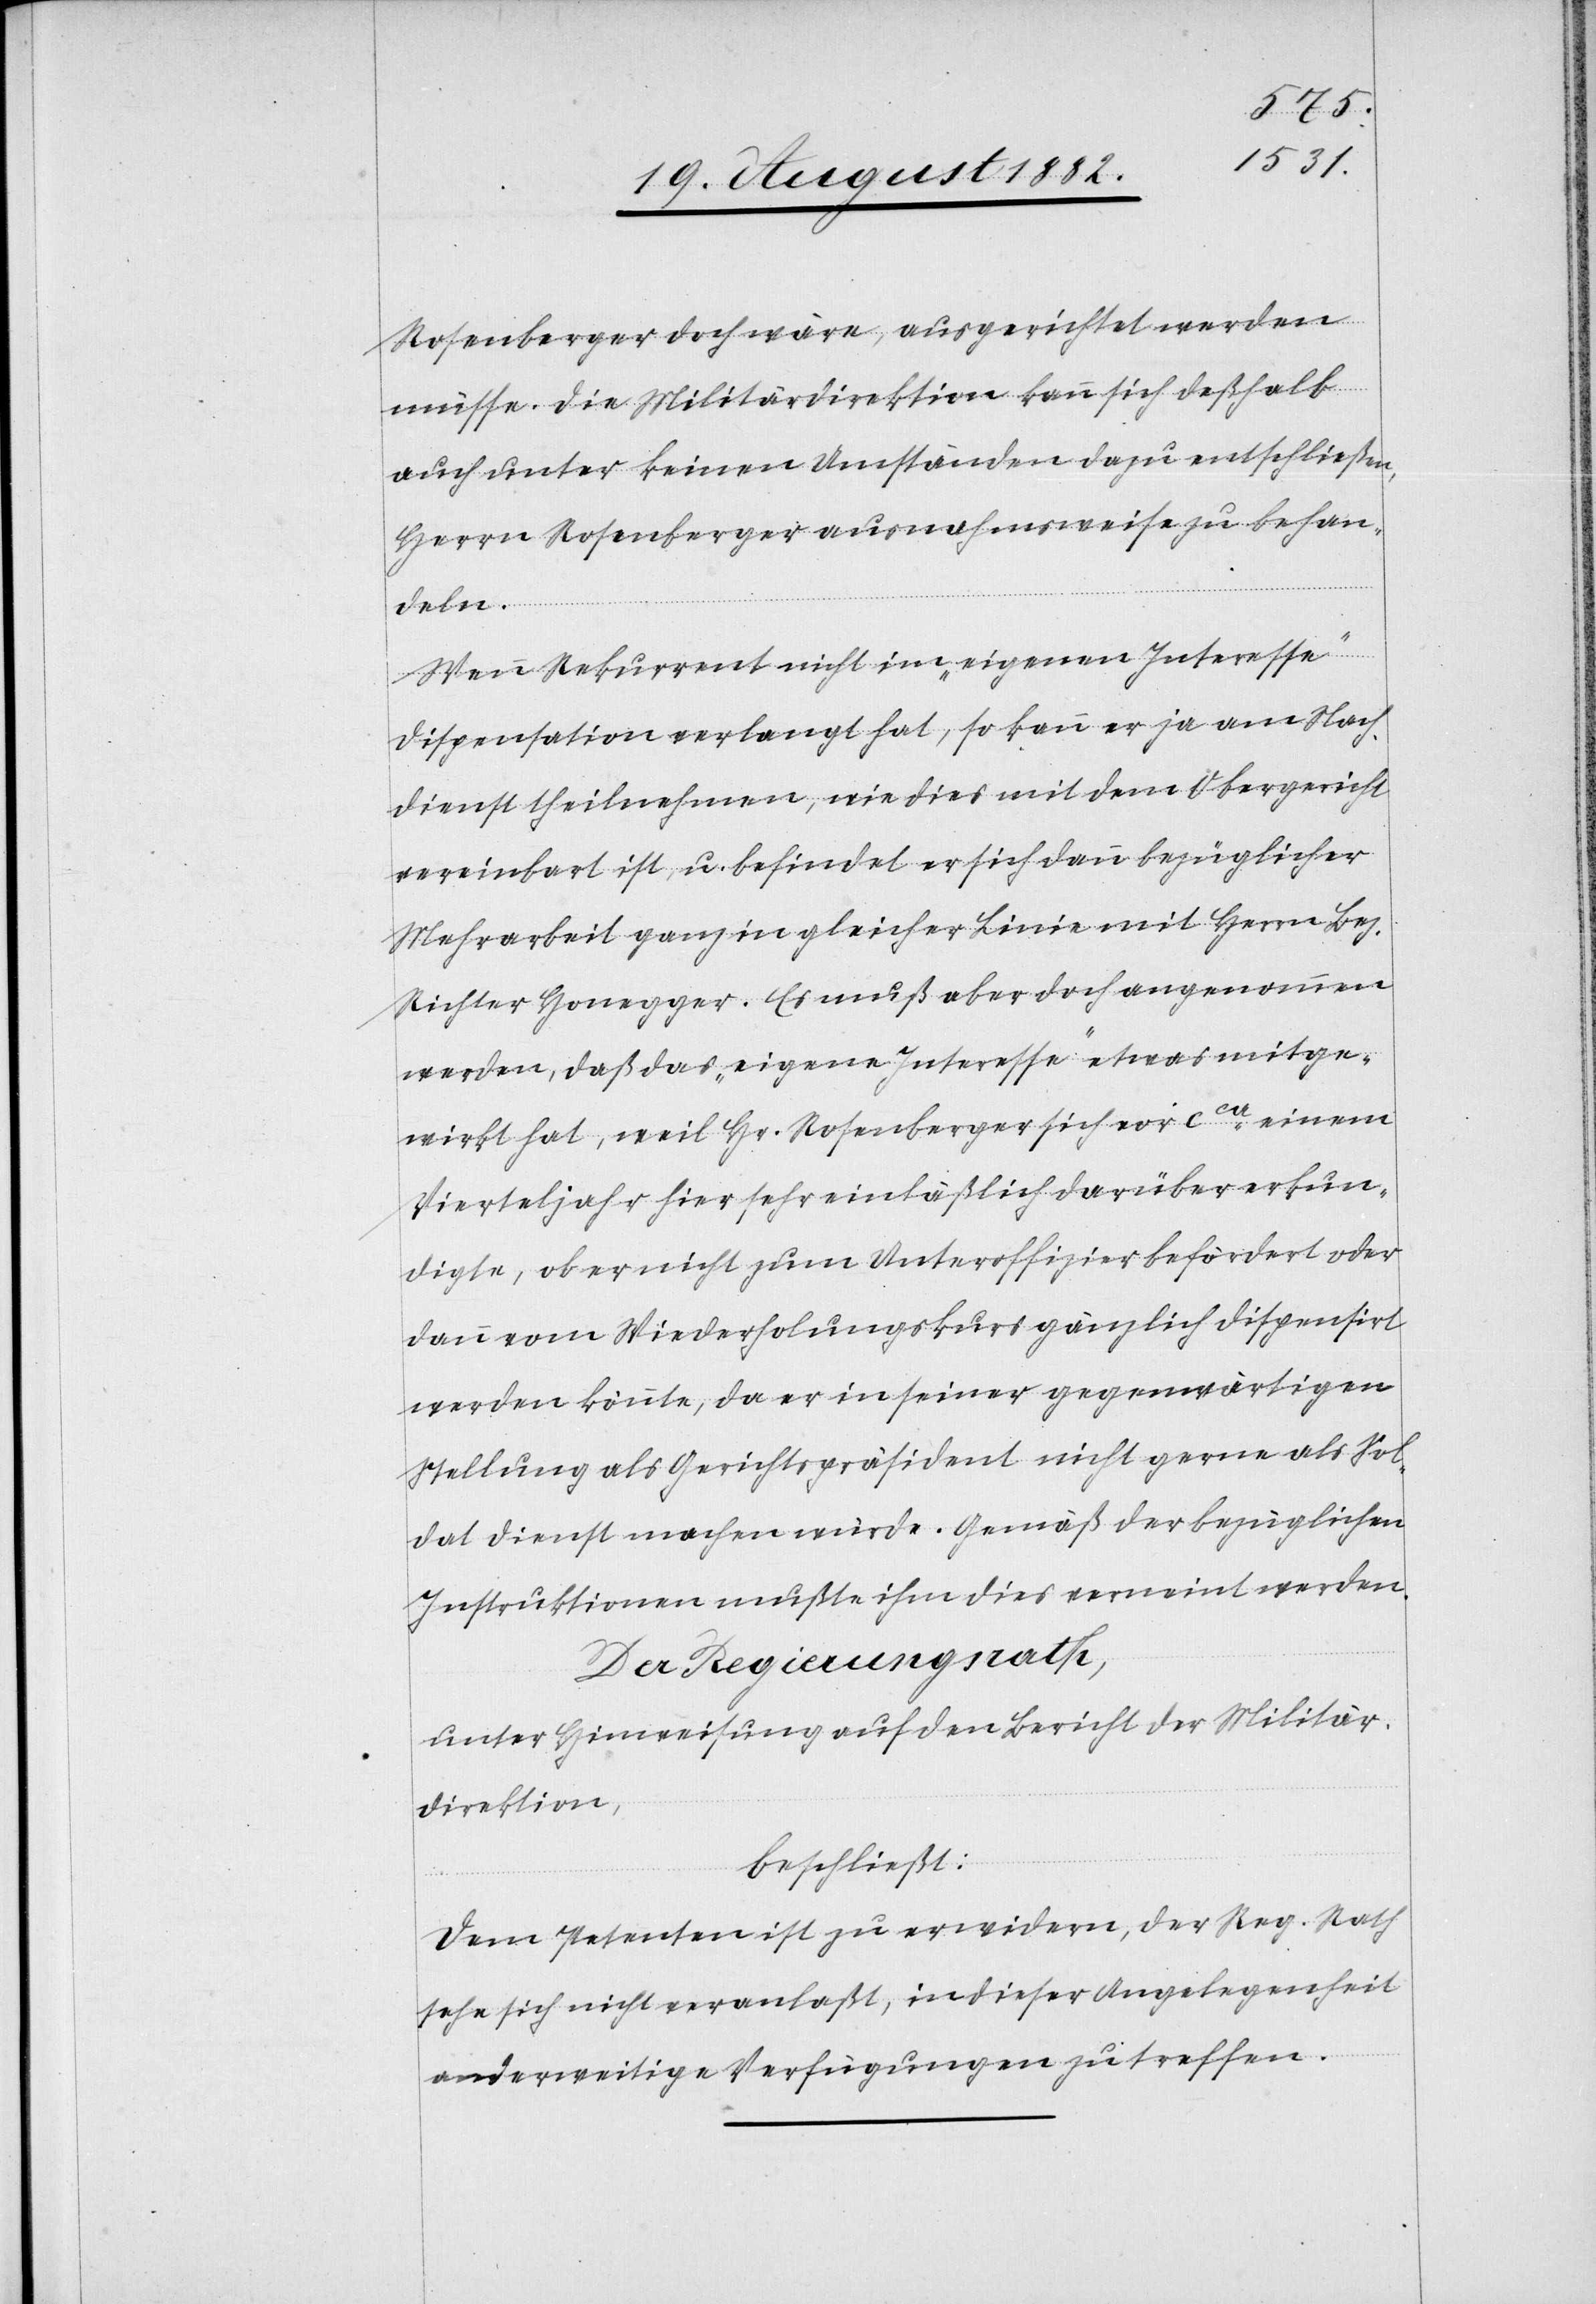
Rosenberger doch wäre, ausgerichtet werden
müsse. Die Militärdirektion kann sich deßhalb
auch unter keinen Umständen dazu entschließen,
Herrn Rosenberger ausnahmsweise zu behan¬
deln.
Wenn Rekurrent nicht im „eigenen Interesse“
Dispensation verlangt hat, so kann er ja am Nach¬
dienst theilnehmen, wie dies mit dem Obergericht
vereinbart ist, u. befindet er sich dann bezüglicher
Mehrarbeit ganz in gleicher Linie mit Herrn Bez.
Richter Honegger. Es muß aber doch angenommen
werden, daß das „eigene Interesse“ etwas mitge¬
wirkt hat, weil Hr. Rosenberger sich vor cca einem
Vierteljahr hier sehr einläßlich darüber erkun¬
digte, ob er nicht zum Unteroffizier befördert oder
dann vom Wiederholungskurs gänzlich dispensirt
werden könnte, da er in seiner gegenwärtigen
Stellung als Gerichtspräsident nicht gerne als Sol¬
dat Dienst machen würde. Gemäß der bezüglichen
Instruktionen mußte ihm dies verneint werden.
Der Regierungsrath,
unter Hinweisung auf den Bericht der Militär¬
direktion,
beschließt:
Dem Petenten ist zu erwidern, der Reg. Rath
sehe sich nicht veranlaßt, in dieser Angelegenheit
anderweitige Verfügungen zu treffen.